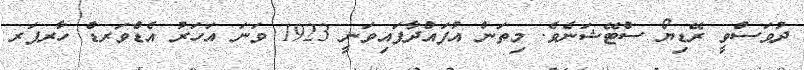
ދުވަސްވީ ރޭޑިޔޯ ސްޓޭޝަނެވެ. މިތަން އުފައްދާފައިވަނީ 1923 ވަނަ އަހަރު އެޑްވަރޑް ހާރޕަރ